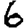
Digit: 6